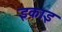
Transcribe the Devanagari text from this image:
इकाइ